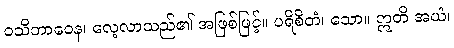
ဝသိဘာဝေန၊ လေ့လာသည်၏ အဖြစ်ဖြင့်။ ပရိစိတံ၊ သော။ ဣတိ အယံ၊